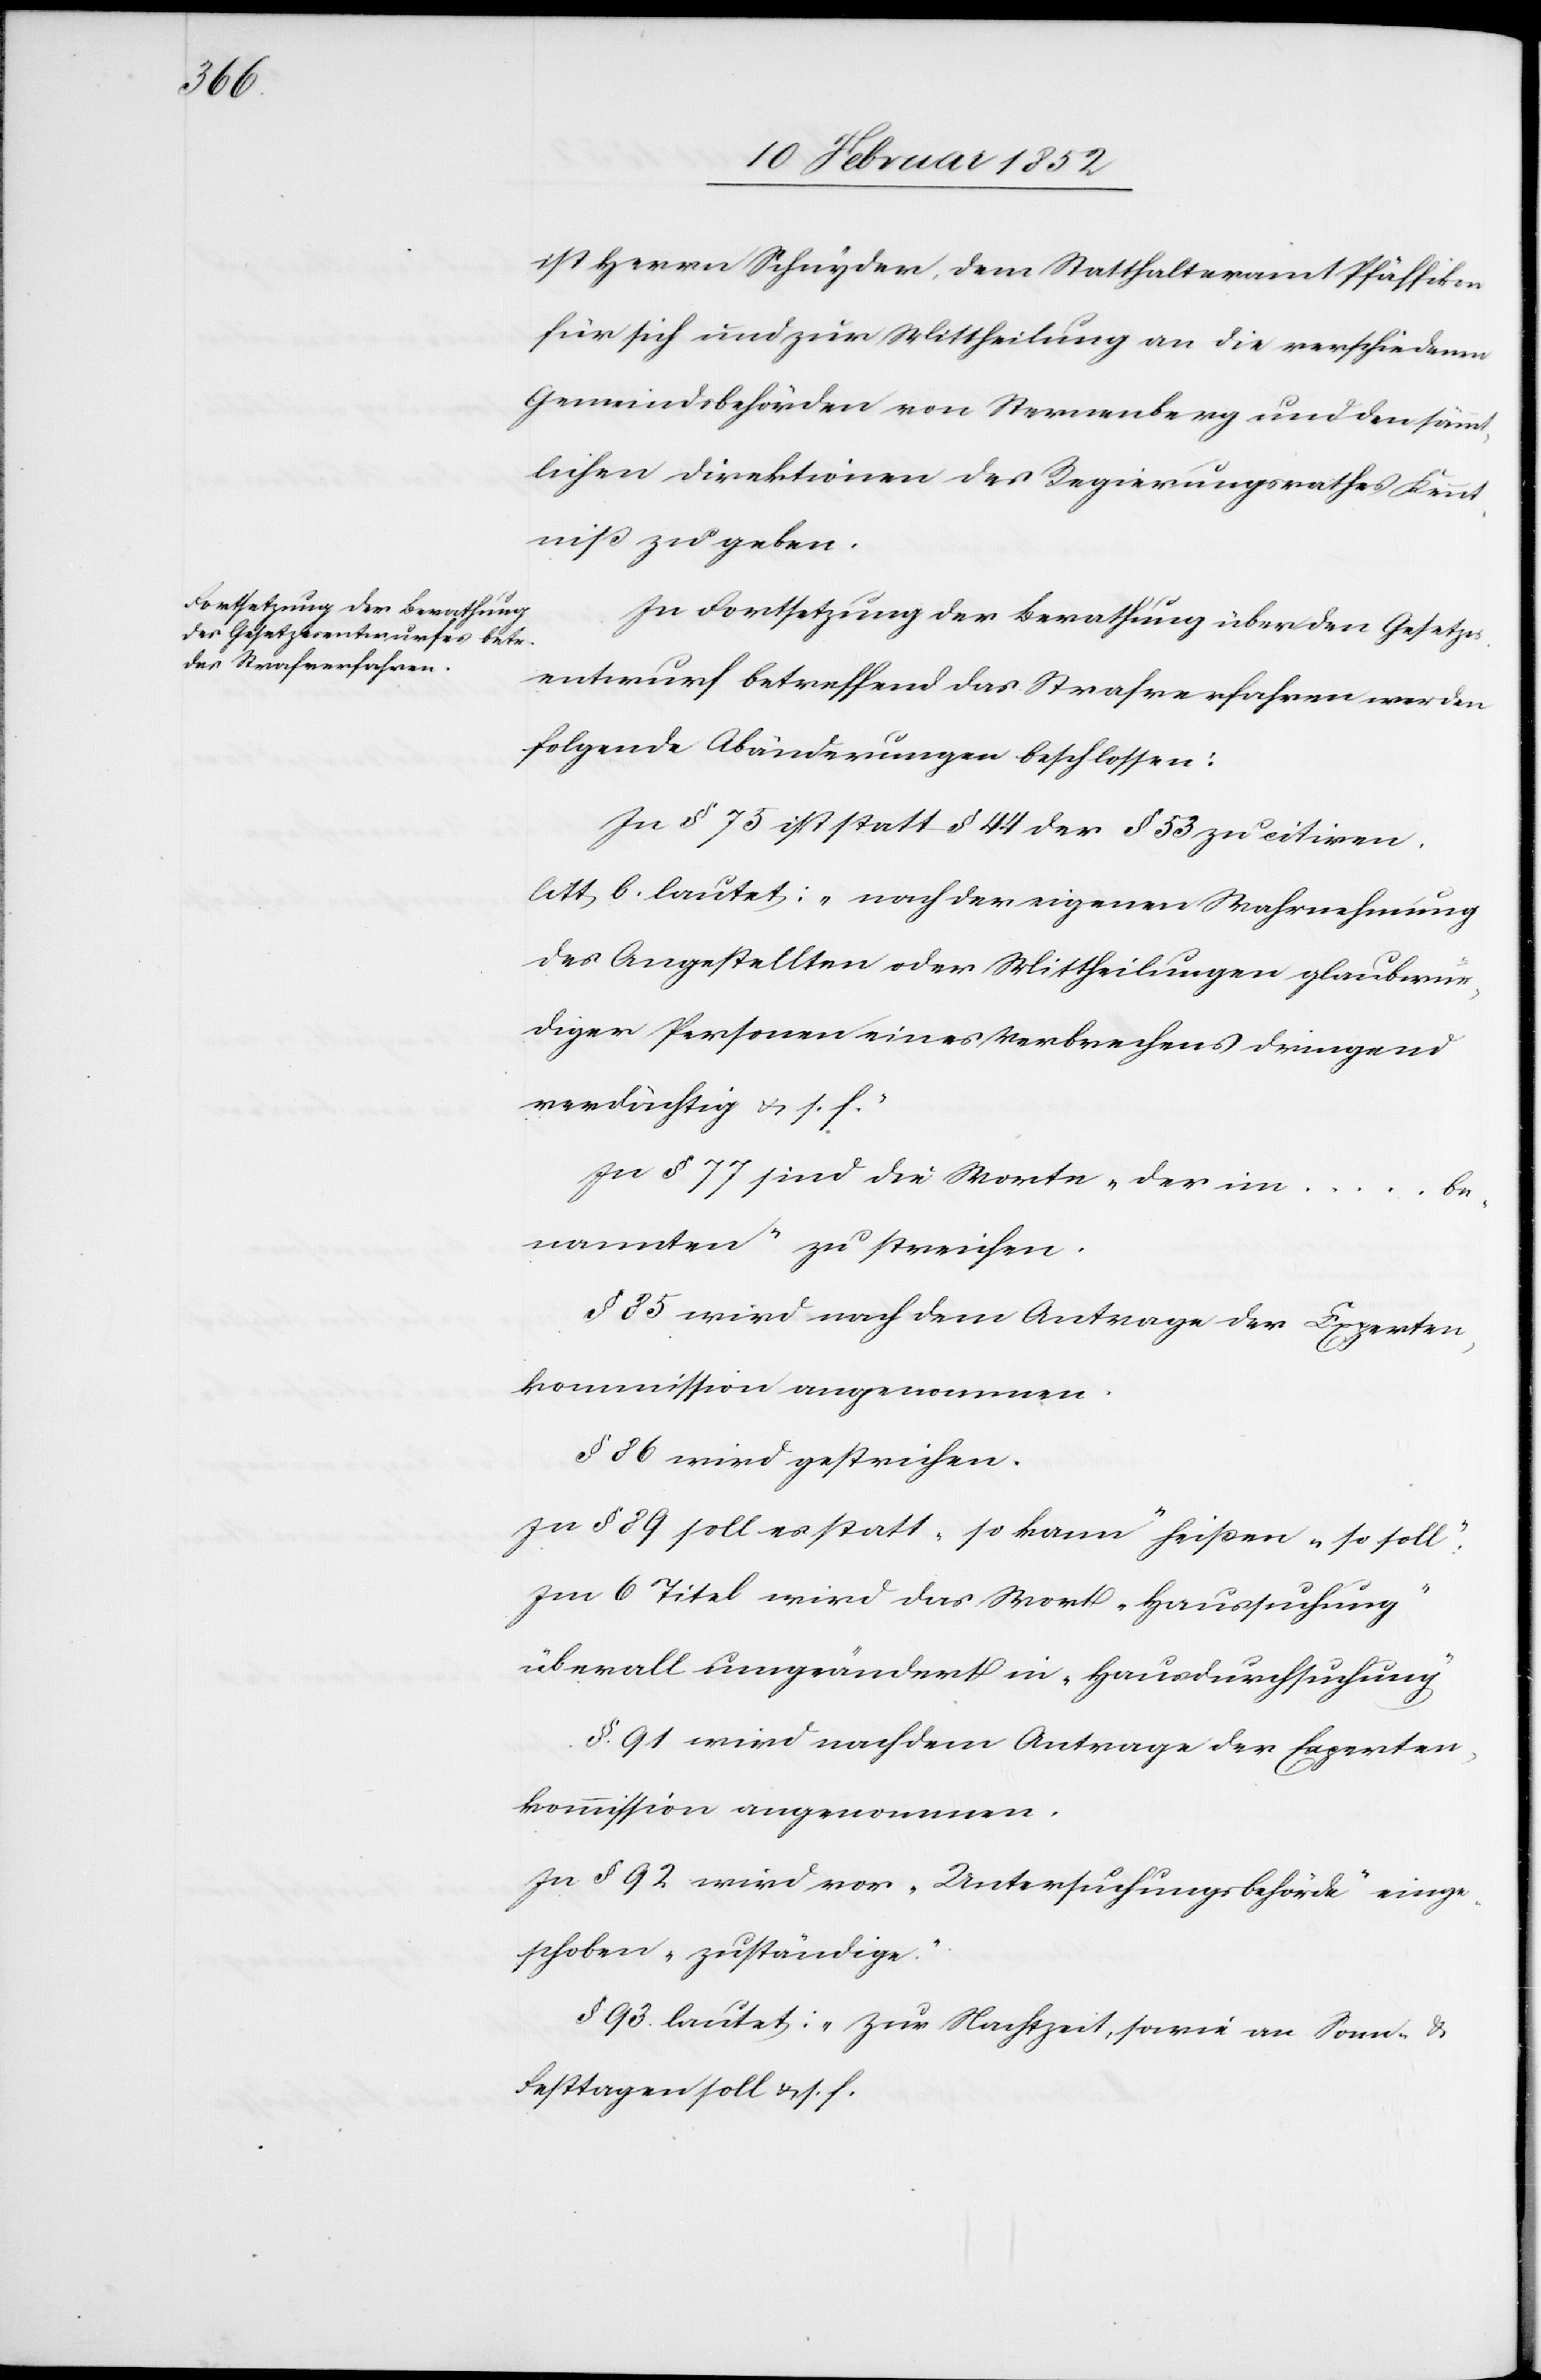
ist Herrn Schnyder, dem Statthalteramt Pfäffikon
für sich und zur Mittheilung an die verschiedenen
Gemeindsbehörden von Sternenberg und den sämmt¬
lichen Direktionen des Regierungsrathes Kennt¬
niß zu geben.
In Fortsetzung der Berathung über den Gesetzes¬
entwurf betreffend das Strafverfahren werden
folgende Abänderungen beschlossen:
In § 75 ist statt § 44 der § 53 zu citiren,
litt b. lautet: „nach der eigenen Wahrnehmung
des Angestellten oder Mittheilungen glaubwür¬
diger Personen eines Verbrechens dringend
verdächtig u. s. f.“
In § 77 sind die Worte „der im ... be¬
nannten“ zu streichen.
§ 85 wird nach dem Antrage der Experten¬
kommission angenommen.
In § 92 wird vor „Untersuchungsbehörde“ einge¬
schoben „zuständige.“
§ 93 lautet: „Zur Nachtzeit, sowie an Sonn- u.
Festtagen soll u. s. f.[“]